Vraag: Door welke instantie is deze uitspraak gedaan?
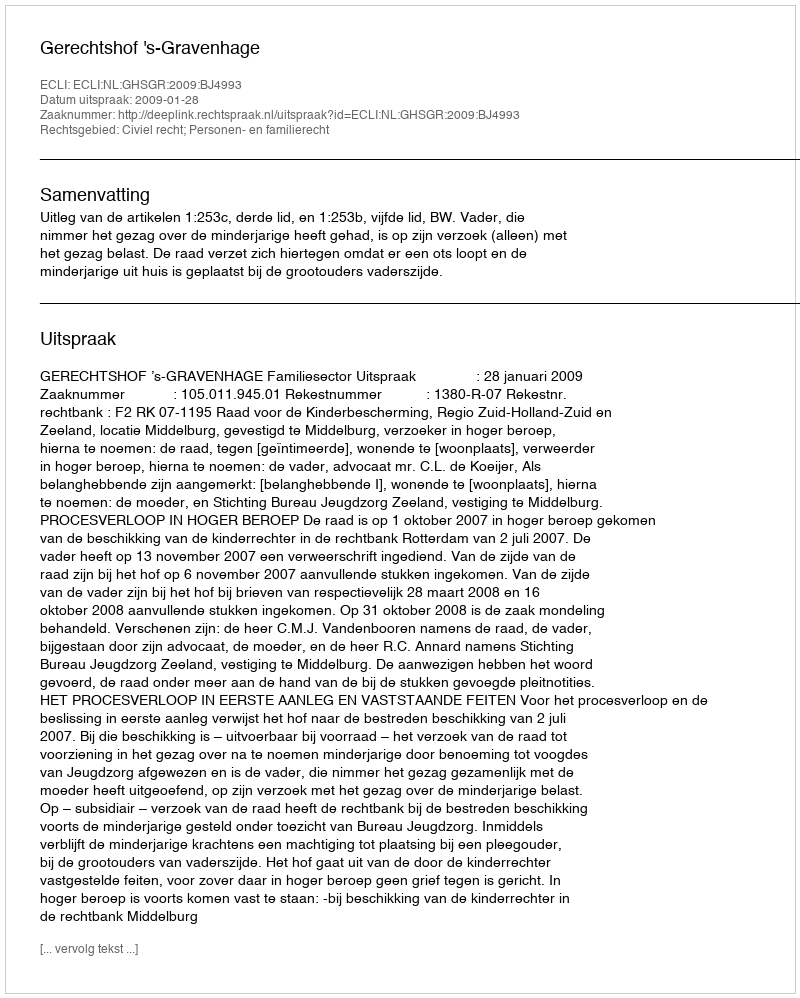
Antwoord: Gerechtshof 's-Gravenhage